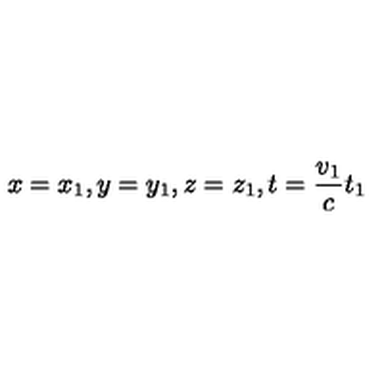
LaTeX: x = x _ { 1 } , y = y _ { 1 } , z = z _ { 1 } , t = \frac { v _ { 1 } } c t _ { 1 }